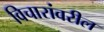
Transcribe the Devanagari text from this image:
विचारांवरील